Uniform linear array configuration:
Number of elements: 48
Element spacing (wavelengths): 0.25
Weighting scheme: hann
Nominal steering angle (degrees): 15
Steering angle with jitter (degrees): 13.069
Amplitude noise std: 0.05
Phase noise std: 0.05

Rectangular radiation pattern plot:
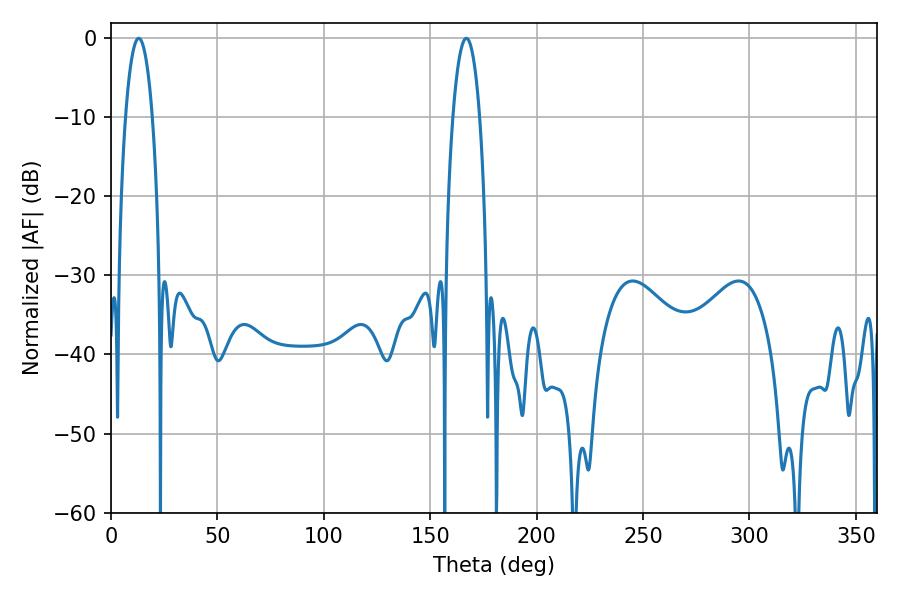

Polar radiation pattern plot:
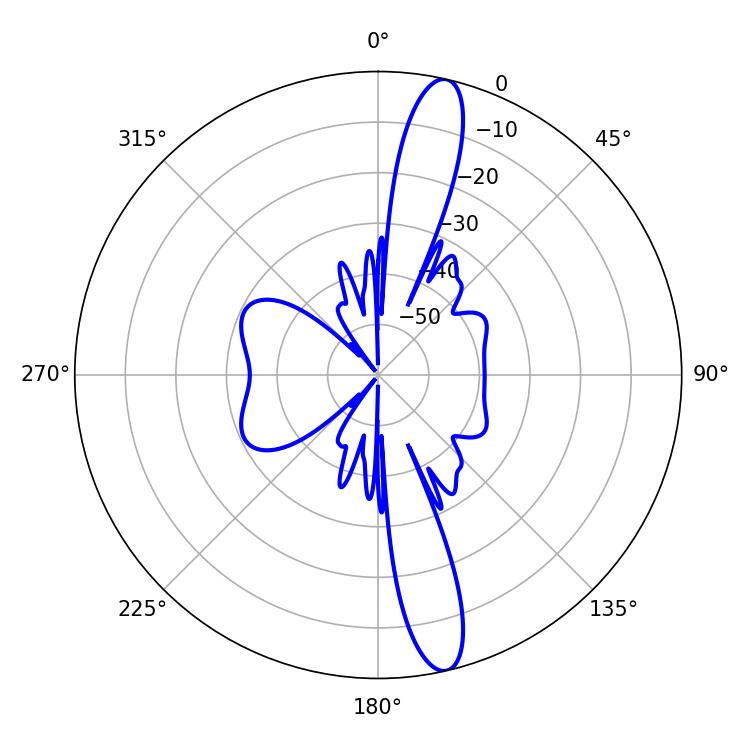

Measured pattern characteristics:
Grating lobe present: FALSE
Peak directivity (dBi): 15.312
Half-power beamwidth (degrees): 7.02
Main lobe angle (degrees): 167.04